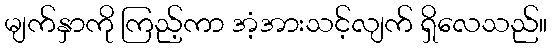
မျက်နှာကို ကြည့်ကာ အံ့အားသင့်လျက် ရှိလေသည်။